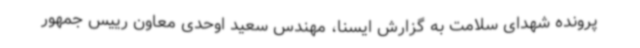
پرونده شهدای سلامت به گزارش ایسنا، مهندس سعید اوحدی معاون رییس جمهور